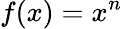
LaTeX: f(x)=x^{n}